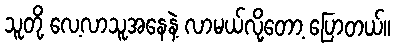
သူတို့ လေ့လာသူအနေနဲ့ လာမယ်လို့တော့ ပြောတယ်။